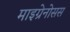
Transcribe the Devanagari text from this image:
माइग्रेनोसस